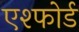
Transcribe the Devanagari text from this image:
एश्फोर्ड